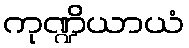
ကုဏ္ဍိယာယံ